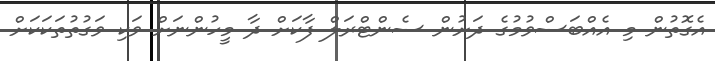
އެގޮތުން މި އެއްބަސްވުމުގެ ދަށުން ސެންޓްރަލް ފާކަށް ދާ މީހުންނަށް ވަކި ވަގުތުތަކަކަށް